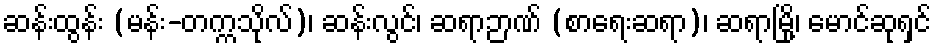
ဆန်းထွန်း (မန်း-တက္ကသိုလ်)၊ ဆန်းလွင်၊ ဆရာဉာဏ် (စာရေးဆရာ)၊ ဆရာမြို့၊ မောင်ဆုရှင်